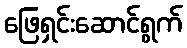
ဖြေရှင်းဆောင်ရွက်